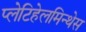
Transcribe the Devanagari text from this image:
प्लेटिहेलमिन्थेस